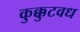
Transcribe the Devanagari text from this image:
कुक्कुटवध